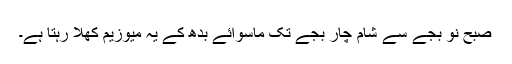
صبح نو بجے سے شام چار بجے تک ماسوائے بدھ کے یہ میوزیم کھلا رہتا ہے۔